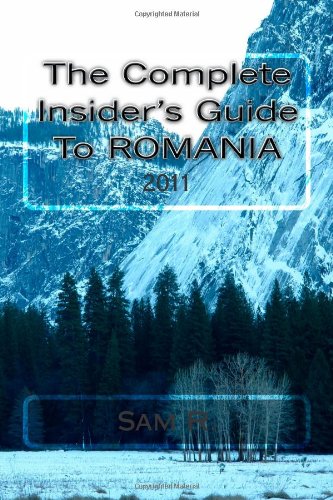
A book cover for The Complete Insider's Guide to Romania: 2011; Sam R.; Travel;